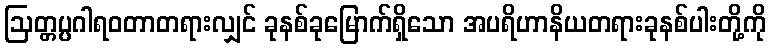
ဩတ္တပ္ပဂါရဝတာတရားလျှင် ခုနစ်ခုမြောက်ရှိသော အပရိဟာနိယတရားခုနစ်ပါးတို့ကို